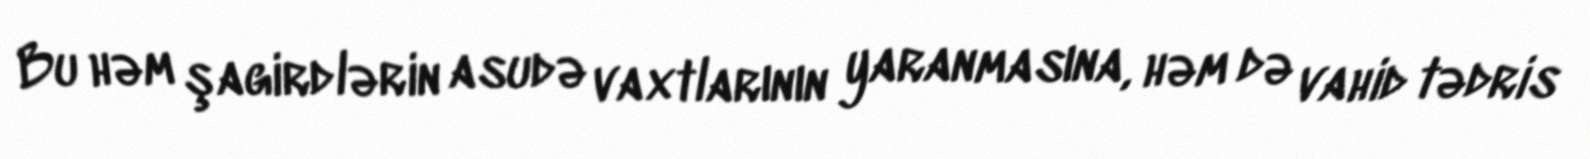
Bu həm şagirdlərin asudə vaxtlarının yaranmasına, həm də vahid tədris